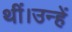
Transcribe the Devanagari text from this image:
थीं।उन्हें